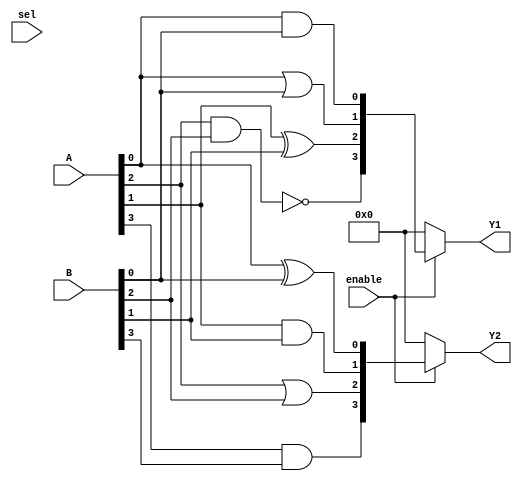
module CLB (
    input wire [3:0] A,        // 4-bit input signals
    input wire [3:0] B,        // 4-bit input signals
    input wire [1:0] sel,      // Control signal for MUX selection
    input wire enable,          // Enable signal
    output wire [3:0] Y1,      // Output from LUT1
    output wire [3:0] Y2       // Output from LUT2
);

// LUTs (4-input LUTs)
reg [15:0] lut1; // 4-input LUT can implement 16 different functions
reg [15:0] lut2; // Another 4-input LUT

// MUX for selecting outputs
wire [3:0] mux_out;

// LUT configuration (example truth tables)
always @* begin
    // Example truth table for LUT1
    lut1[0]  = A[0] & B[0]; // A0 AND B0
    lut1[1]  = A[0] | B[0]; // A0 OR B0
    lut1[2]  = A[1] ^ B[1]; // A1 XOR B1
    lut1[3]  = ~(A[2] & B[2]); // NOT (A2 AND B2)
    // ... (other combinations)
    lut1[15] = A[3] | B[3]; // A3 OR B3

    // Example truth table for LUT2
    lut2[0]  = A[0] ^ B[0]; // A0 XOR B0
    lut2[1]  = A[1] & B[1]; // A1 AND B1
    lut2[2]  = A[2] | B[2]; // A2 OR B2
    lut2[3]  = A[3] & B[3]; // A3 AND B3
    // ... (other combinations)
    lut2[15] = A[0] & B[3]; // A0 AND B3
end

// MUX implementation
assign mux_out = (sel == 2'b00) ? Y1 :
                 (sel == 2'b01) ? Y2 :
                 (sel == 2'b10) ? 4'b0000 : // Default case
                 4'b1111; // Another default case

// Enable logic
assign Y1 = enable ? lut1 : 4'b0000; // Output from LUT1
assign Y2 = enable ? lut2 : 4'b0000; // Output from LUT2

endmodule